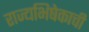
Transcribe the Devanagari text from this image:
राज्यभिषेकाची